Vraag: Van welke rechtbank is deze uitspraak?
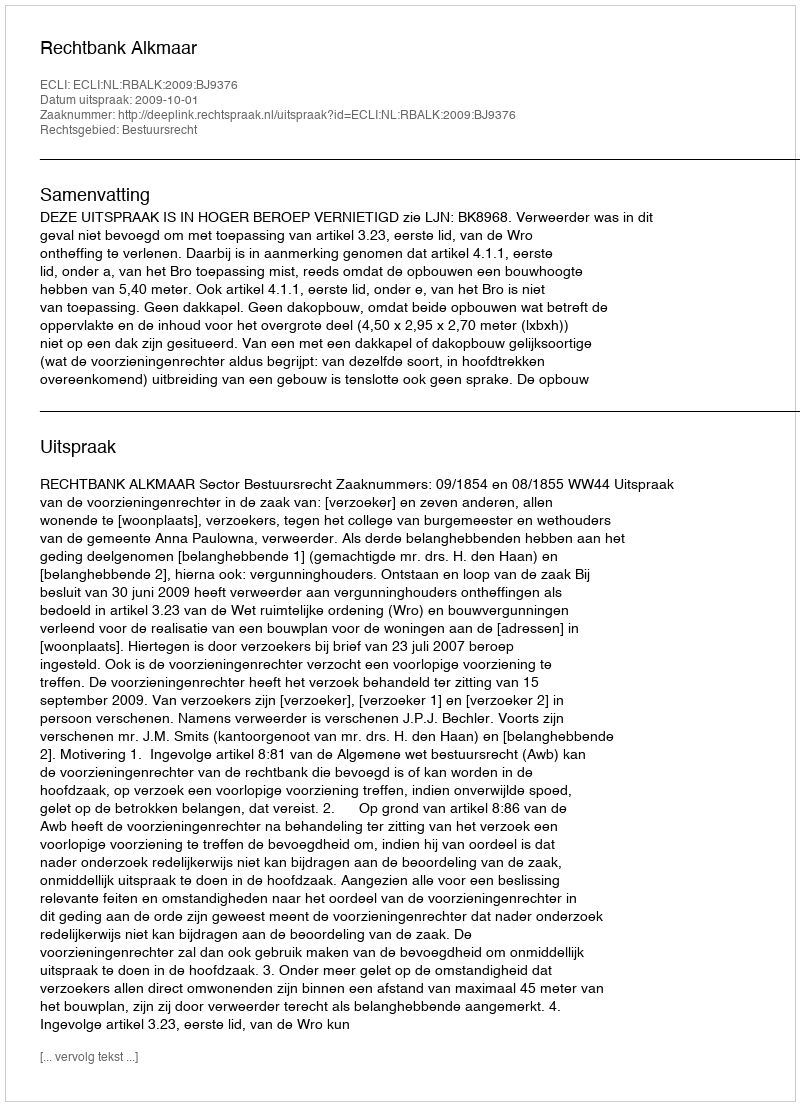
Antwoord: Rechtbank Alkmaar